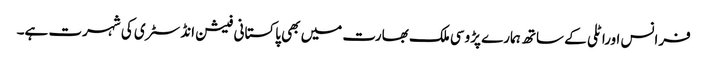
فرانس اوراٹلی کے ساتھ ہمارے پڑوسی ملک بھارت میں بھی پاکستانی فیشن انڈسٹری کی شہرت ہے۔